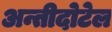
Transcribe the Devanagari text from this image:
अन्तीदोटेल